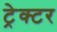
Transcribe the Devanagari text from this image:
ट्रेक्‍टर